Indian journal of veterinary science and animal husbandry - Volumes 15-17, 1948-1951
Year: 1948
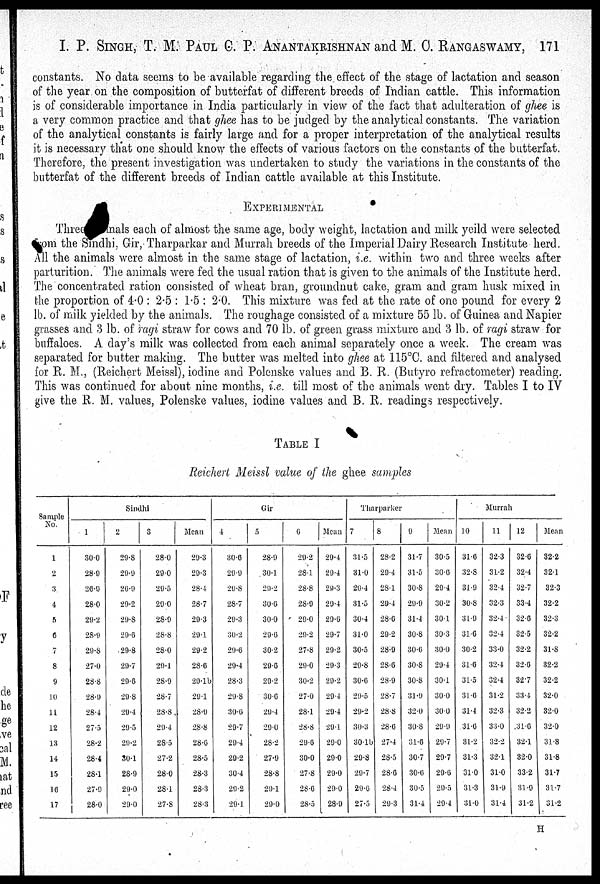
I. P. SINGH, T. M. PAUL C. P. ANANTAKRISHNAN and M. C. RANGASWAMY, 171
constants. No data seems to be available regarding the effect of the stage of lactation and season
of the year on the composition of butterfat of different breeds of Indian cattle. This information
is of considerable importance in India particularly in view of the fact that adulteration of ghee is
a very common practice and that ghee has to be judged by the analytical constants. The variation
of the analytical constants is fairly large and for a proper interpretation of the analytical results
it is necessary that one should know the effects of various factors on the constants of the butterfat.
Therefore, the present investigation was undertaken to study the variations in the constants of the
butterfat of the different breeds of Indian cattle available at this Institute.
EXPERIMENTAL
Three animals each of almost the same age, body weight, lactation and milk yeild were selected
from the Sindhi, Gir, Tharparkar and Murrah breeds of the Imperial Dairy Research Institute herd.
All the animals were almost in the same stage of lactation, i.e. within two and three weeks after
parturition. The animals were fed the usual ration that is given to the animals of the Institute herd.
The concentrated ration consisted of wheat bran, groundnut cake, gram and gram husk mixed in
the proportion of 4.0 : 2.5 : 1.5 : 2.0. This mixture was fed at the rate of one pound for every 2
lb. of milk yielded by the animals. The roughage consisted of a mixture 55 lb. of Guinea and Napier
grasses and 3 lb. of ragi straw for cows and 70 lb. of green grass mixture and 3 lb. of ragi straw for
buffaloes. A day's milk was collected from each animal separately once a week. The cream was
separated for butter making. The butter was melted into ghee at 115°C. and filtered and analysed
for R. M., (Reichert Meissl), iodine and Polenske values and B. R. (Butyro refractometer) reading.
This was continued for about nine months, i.e. till most of the animals went dry. Tables I to IV
give the R. M. values, Polenske values, iodine values and B. R. readings respectively.
TABLE I
Reichert Meissl value of the ghee samples
Sample
No.
1
2
3
4
5
6
7
8
9
10
11
12
13
14
15
16
17
Sindhi
1
30.0
28.9
26.9
28.0
29.2
28.9
29.8
27.0
28.8
28.9
28.4
27.5
28.2
28.4
28.1
27.9
28.0
2
29.8
29.9
26.9
29.2
29.8
29.6
29.8
29.7
29.6
29.8
29.4
29.5
29.2
30.1
28.9
29.0
29.0
3
28.0
29.0
29.5
29.0
28.9
28.8
28.0
29.1
28.9
28.7
28.8
29.4
28.5
27.2
28.0
28.1
27.8
Mean
29.3
29.3
28.4
28.7
29.3
29.1
29.2
28.6
29.1b
29.1
28.9
28.8
28.6
28.5
28.3
28.3
28.3
Gir
4
30.6
29.9
29.8
28.7
29.3
30.2
29.6
29.4
28.3
29.8
30.6
29.7
29.4
29.2
30.4
29.2
29.1
5
28.9
30.1
29.2
30.6
30.0
29.6
30.2
29.6
29.2
30.6
29.4
29.0
28.2
27.9
28.8
29.1
29.0
6
29.2
28.1
28.8
28.9
29.0
29.2
27.8
29.0
30.2
27.0
28.1
28.8
29.6
30.0
27.8
28.6
28.5
Mean
29.4
29.4
29.3
29.4
29.6
29.7
29.2
29.3
29.2
29.4
29.4
29.1
29.0
29.0
29.0
29.0
28.9
Tharparker
7
31.5
31.0
29.4
31.5
30.4
31.0
30.5
29.8
30.6
29.5
29.2
30.3
30.1b
29.8
29.7
29.6
27.5
8
28.2
29.4
28.1
29.4
28.6
29.2
28.9
28.6
28.9
28.7
28.8
28.6
27.4
28.5
28.6
28.4
29.3
9
31.7
31.5
30.8
29.9
31.4
30.8
30.6
30.8
30.8
31.9
32.0
30.8
31.6
30.7
30.6
30.5
31.4
Mean
30.5
30.6
29.4
30.2
30.1
30.3
30.0
29.4
30.1
30.0
30.0
29.9
29.7
29.7
29.6
29.5
29.4
Murrah
10
31.6
32.8
31.9
30.8
31.9
31.6
30.2
31.6
31.5
31.6
31.4
31.6
31.2
31.3
31.0
31.3
31.0
11
32.3
31.2
32.4
32.3
32.4
32.1
33.0
32.4
32.4
31.2
32.3
33.0
32.2
32.1
31.0
31.9
31.4
12
32.6
32.4
32.7
33.4
32.6
32.5
32.2
32.6
32.7
33.4
32.2
31.6
32.1
32.0
33.2
31.9
31.2
Mean
32.2
32.1
32.3
32.2
32.3
32.2
31.8
32.2
32.2
32.0
32.0
32.0
31.8
31.8
31.7
31.7
31.2
H